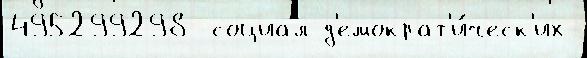
495299298  социал-д'емократ'и́ческ'их